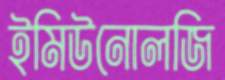
ইমিউনোলজি